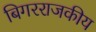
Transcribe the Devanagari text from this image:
बिगरराजकीय